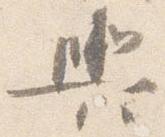
輿